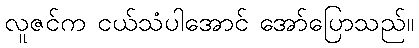
လူဇင်က ငယ်သံပါအောင် အော်ပြောသည်။